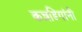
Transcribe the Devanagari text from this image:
कन्नडिगांनी